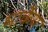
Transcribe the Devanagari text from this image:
मार्केय